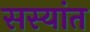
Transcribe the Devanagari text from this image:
सस्यांत